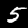
Digit: 5